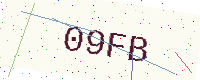
Text: 09FB